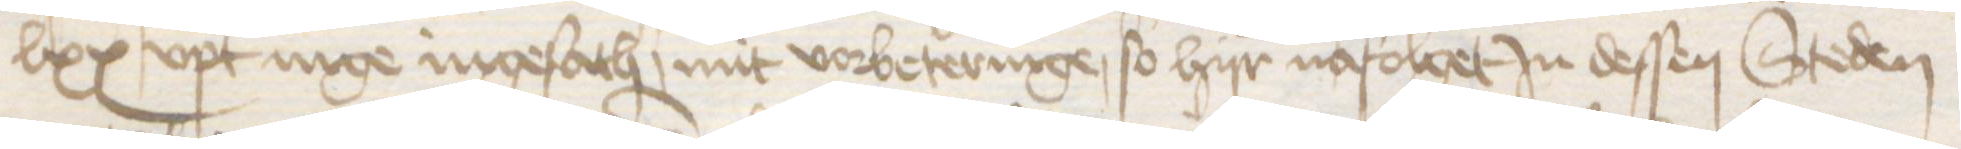
lxx upt nige ingesath, mit vorbeteringe, so hijr nafolget in dessen Steden